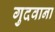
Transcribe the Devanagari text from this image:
गुदवाना